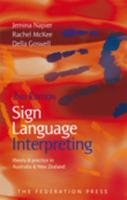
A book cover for Sign Language Interpreting: Theory and Practice in Australia and New Zealand; Jemina Napier; Reference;